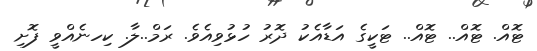
ޓޮއް. ޓޮއް.. ޓޮއް.. ޓަކީގެ އަޑާއެކު ދޮރު ހުޅުވިއެވެ. ރަމް..ލާ. ކިހނެއްވީ ފޮށި